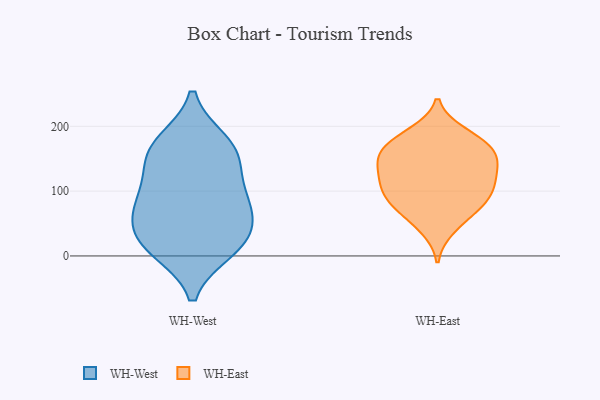
{"axis": {"x": "LTV (USD)", "y": "Value"}, "legend": ["WH-East", "WH-West"], "data": [{"x": "", "y": 161, "type": "WH-West"}, {"x": "", "y": 175, "type": "WH-West"}, {"x": "", "y": 24, "type": "WH-West"}, {"x": "", "y": 34, "type": "WH-West"}, {"x": "", "y": 70, "type": "WH-West"}, {"x": "", "y": 139, "type": "WH-West"}, {"x": "", "y": 10, "type": "WH-West"}, {"x": "", "y": 101, "type": "WH-West"}, {"x": "", "y": 72, "type": "WH-West"}, {"x": "", "y": 14, "type": "WH-West"}, {"x": "", "y": 83, "type": "WH-West"}, {"x": "", "y": 166, "type": "WH-West"}, {"x": "", "y": 137, "type": "WH-East"}, {"x": "", "y": 132, "type": "WH-East"}, {"x": "", "y": 190, "type": "WH-East"}, {"x": "", "y": 79, "type": "WH-East"}, {"x": "", "y": 171, "type": "WH-East"}, {"x": "", "y": 186, "type": "WH-East"}, {"x": "", "y": 114, "type": "WH-East"}, {"x": "", "y": 158, "type": "WH-East"}, {"x": "", "y": 153, "type": "WH-East"}, {"x": "", "y": 87, "type": "WH-East"}, {"x": "", "y": 95, "type": "WH-East"}, {"x": "", "y": 111, "type": "WH-East"}, {"x": "", "y": 152, "type": "WH-East"}, {"x": "", "y": 42, "type": "WH-East"}, {"x": "", "y": 117, "type": "WH-East"}, {"x": "", "y": 83, "type": "WH-East"}, {"x": "", "y": 167, "type": "WH-East"}, {"x": "", "y": 60, "type": "WH-East"}]}